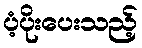
ပံ့ပိုးပေးသည့်